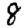
Digit: 8